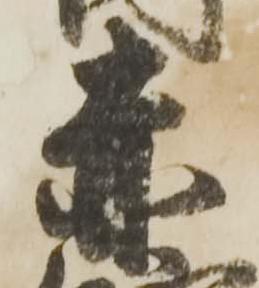
赤